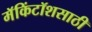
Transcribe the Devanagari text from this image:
मॅकिंटॉशसाठी